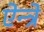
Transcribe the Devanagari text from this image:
ऐन्त्रे